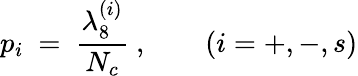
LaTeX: p_{i}\ =\ \frac{\lambda_{8}^{(i)}}{N_{c}}\ ,\qquad(i=+,-,s)